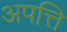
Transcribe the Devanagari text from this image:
अपत्ति